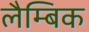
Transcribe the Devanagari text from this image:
लैम्बिक